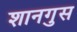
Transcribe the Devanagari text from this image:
शानगुस